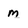
Character: m